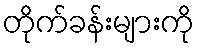
တိုက်ခန်းများကို